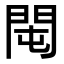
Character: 𨳘